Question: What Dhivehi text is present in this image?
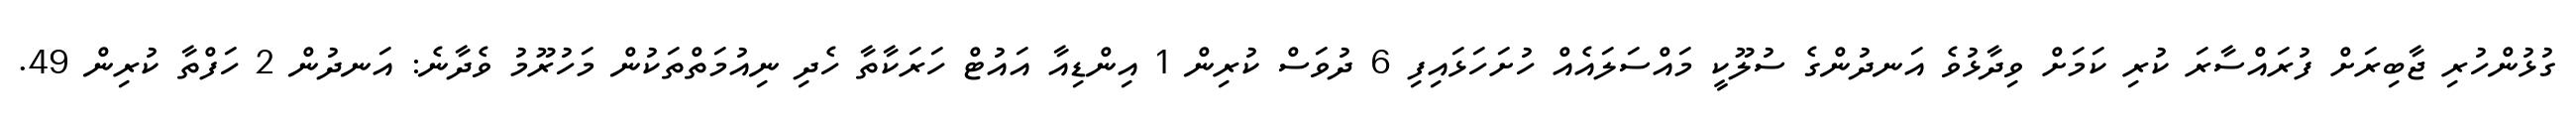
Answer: ގުޅުންހުރި ޖާބިރަށް ފުރައްސާރަ ކުރި ކަމަށް ވިދާޅުވެ އަނދުންގެ ސުލޫކީ މައްސަލައެއް ހުށަހަޅައިފި 6 ދުވަސް ކުރިން 1 އިންޑިއާ އައުޓް ހަރަކާތާ ހެދި ނިއުމަތްތަކުން މަހުރޫމު ވެދާނެ: އަނދުން 2 ހަފްތާ ކުރިން 49.